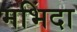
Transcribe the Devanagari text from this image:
मभिंदा